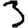
Digit: 3